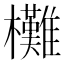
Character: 㰙